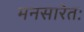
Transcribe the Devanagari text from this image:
मनसारेतः